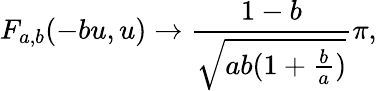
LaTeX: F_{a,b}(-bu,u)\to\frac{1-b}{\sqrt{ab(1+\frac{b}{a})}}\pi,